Cooking of vegetables and other home-produced foods, 1939
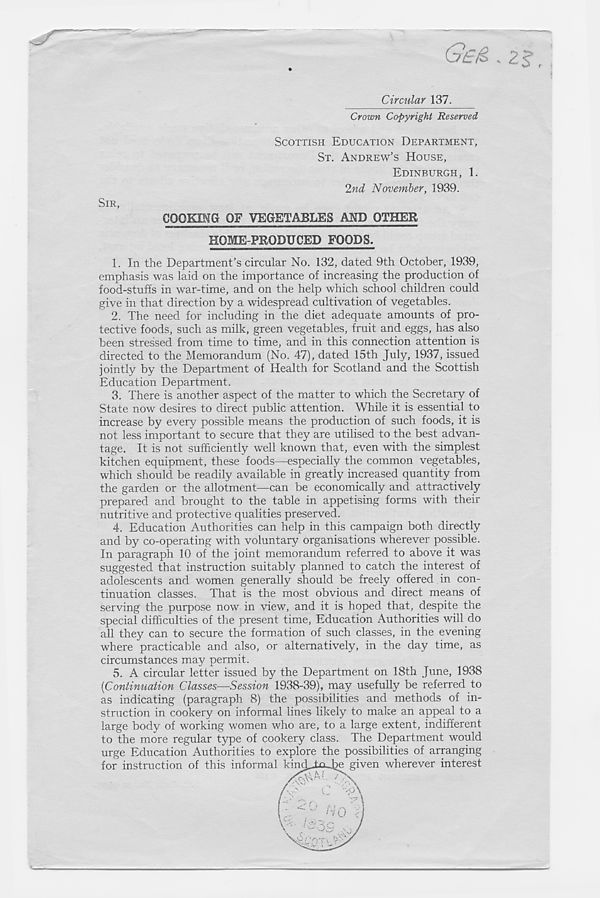
G£& . 2s’.
Circular 137.
Crown Copyright Reserved
SCOTTISH EDUCATION DEPARTMENT,
ST. ANDREW’S HOUSE,
EDINBURGH, 1.
2nd November, 1939.
SIR,
COOKING OF VEGETABLES AND OTHER
HOME-PRODUCED FOODS.
1. In the Department’s circular No. 132, dated 9th October, 1939,
emphasis was laid on the importance of increasing the production of
food-stuffs in war-time, and on the help which school children could
give in that direction by a widespread cultivation of vegetables.
2. The need for including in the diet adequate amounts of pro-
tective foods, such as milk, green vegetables, fruit and eggs, has also
been stressed from time to time, and in this connection attention is
directed to the Memorandum (No. 47), dated 15th July, 1937, issued
jointly by the Department of Health for Scotland and the Scottish
Education Department.
3. There is another aspect of the matter to which the Secretary of
State now desires to direct public attention. While it is essential to
increase by every possible means the production of such foods, it is
not less important to secure that they are utilised to the best advan-
tage. It is not sufficiently well known that, even with the simplest
kitchen equipment, these foods—especially the common vegetables,
which should be readily available in greatly increased quantity from
the garden or the allotment—can be economically and attractively
prepared and brought to the table in appetising forms with their
nutritive and protective qualities preserved.
4. Education Authorities can help in this campaign both directly
and by co-operating with voluntary organisations wherever possible.
In paragraph 10 of the joint memorandum referred to above it was
suggested that instruction suitably planned to catch the interest of
adolescents and v/omen generally should be freely offered in con-
tinuation classes. That is the most obvious and direct means of
serving the purpose now in view, and it is hoped that, despite the
special difficulties of the present time, Education Authorities will do
all they can to secure the formation of such classes, in the evening
where practicable and also, or alternatively, in the day time, as
circumstances may permit.
5. A circular letter issued by the Department on 18th June, 1938
[Continuation Classes—Session 1938-39), may usefully be referred to
as indicating (paragraph 8) the possibilities and methods of in-
struction in cookery on informal lines likely to make an appeal to a
large body of working women who are, to a large extent, indifferent
to the more regular type of cookery class. The Department would
urge Education Authorities to explore the possibilities of arranging
for instruction of this informal
wherever interest